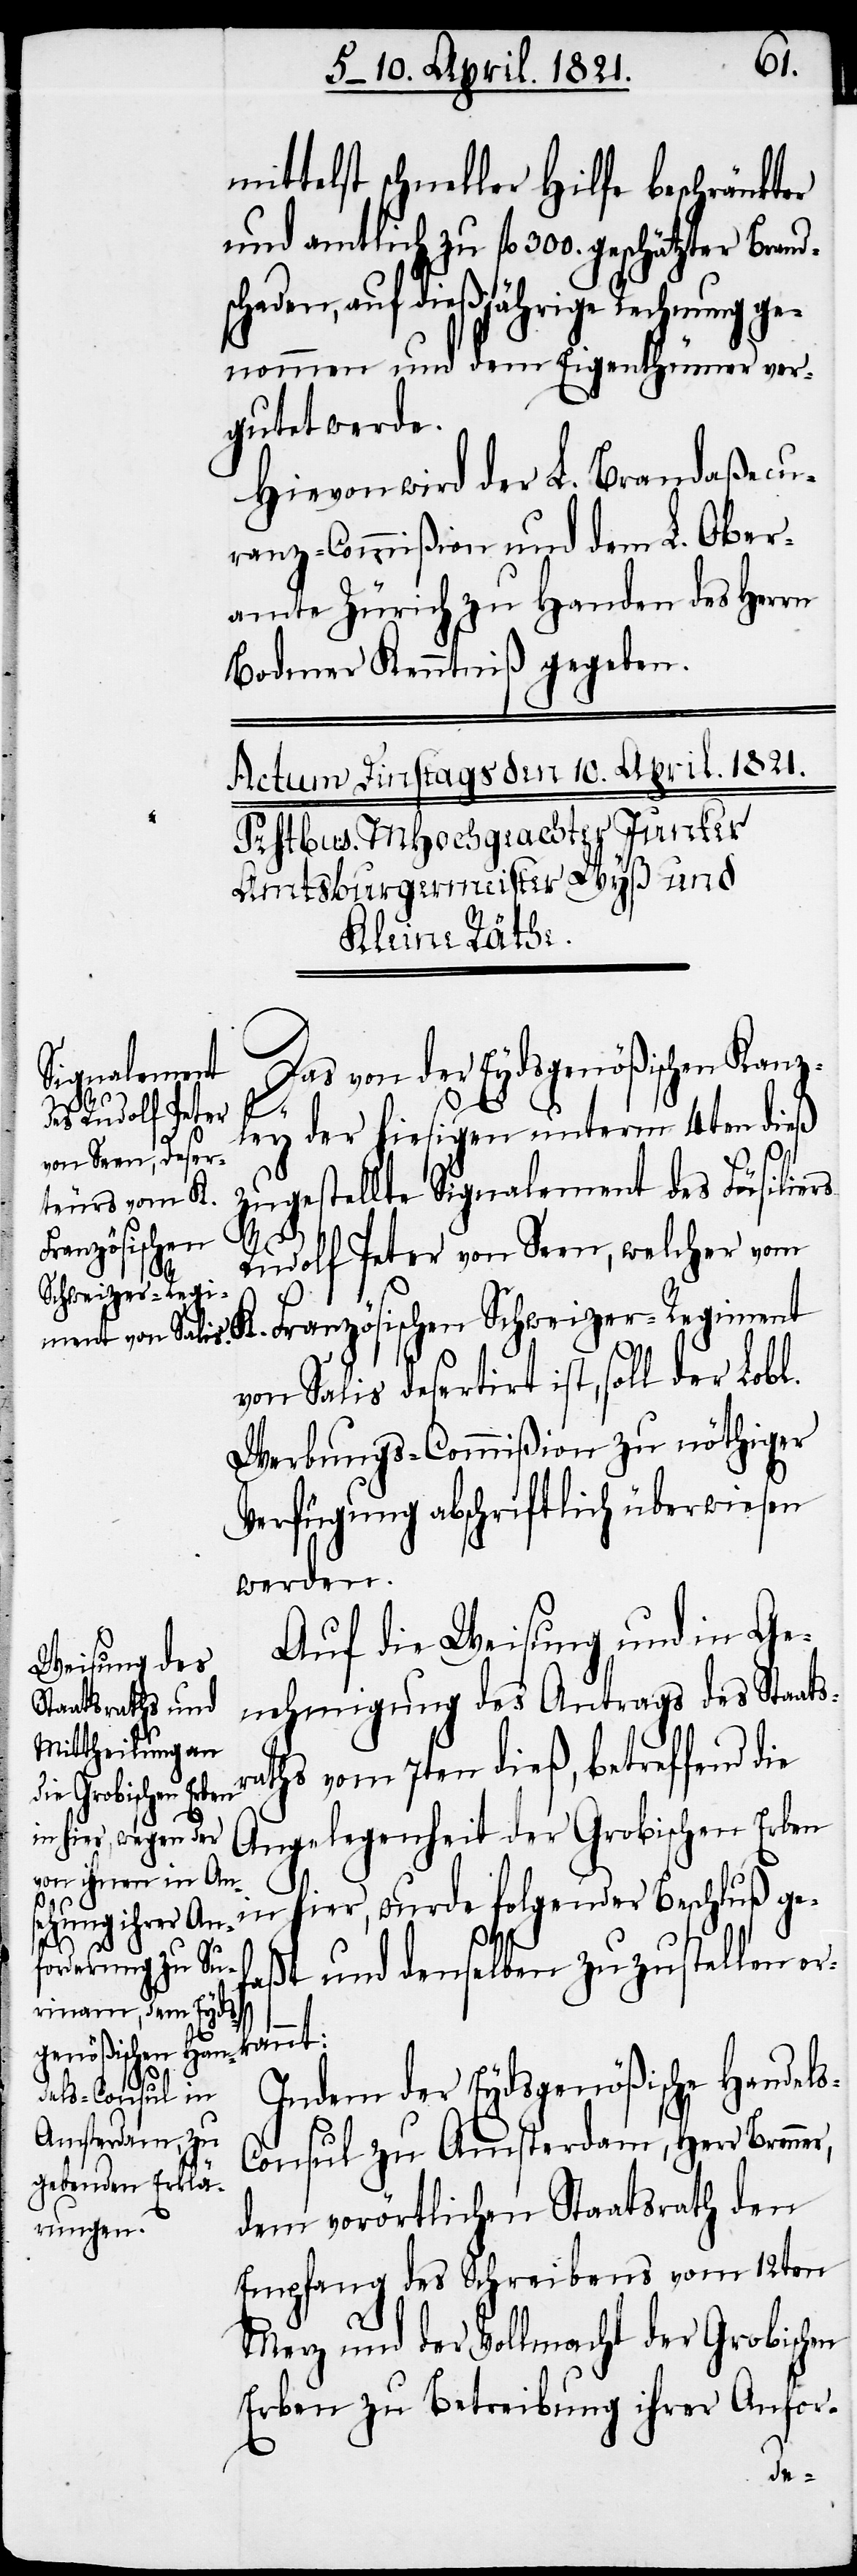
mittelst schneller Hilfe beschränkter
schaden, auf dießjährige Rechnung ge¬
nommen und dem Eigenthümer ver¬
gutet werde.
Hievon wird der L. Brandaßecu¬
ranz-Commißion und dem L. Ober¬
amte Zürich zu Handen des Herrn
Bodmer Kenntniß gegeben.
Das von der Eydsgenößischen Kanz¬
300.
ley der hiesigen unterm 4ten dieß
zugestellte Signalement des Füsiliers
Französischen
Rudolf Peter von Seen, welcher vom
Schweizer-Regi¬
von Salis desertirt ist, soll der Lobl.
Werbungs-Commißion zu nöthiger
Verfügung abschriftlich überwiesen
werden.
Auf die Weisung und in Ge¬
nehmigung des Antrags des Staats¬
aths vom 7ten dieß, betreffend die
geschätzter
Angelegenheit der Grobischen Erben
hier, wurde folgender Beschluß ge¬
s-C¬
faßt und denselben zuzustellen er¬
r,
Indem der Eydsgenößische Handel¬
onsul zu Amsterdam, Herr Brenne¬
dem vorörtlichen Staatsrath den
Empfang des Schreibens vom 12ten
Merz und der Vollmacht der Grobischen
Erben zu Betreibung ihrer Anfor-
kan¬